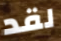
لقد